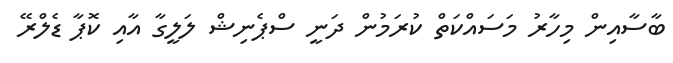
ބާސާއިން މިހާރު މަސައްކަތް ކުރަމުން ދަނީ ސްޕެނިޝް ލަލީގާ އާއި ކޮޕާ ޑެލްރޭ